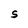
Character: S